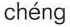
chéng